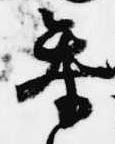
参